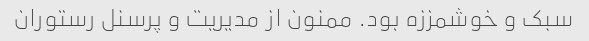
سبک و خوشمززه بود. ممنون از مدیریت و پرسنل رستوران